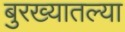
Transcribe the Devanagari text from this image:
बुरख्यातल्या